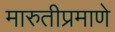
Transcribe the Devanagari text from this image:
मारुतीप्रमाणे